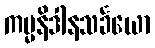
ကမ္မနိဒါနသင်္ခယော